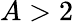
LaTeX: A>2